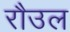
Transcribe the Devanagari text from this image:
रौउल